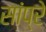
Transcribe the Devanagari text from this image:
सांप्रे